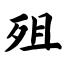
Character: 殂